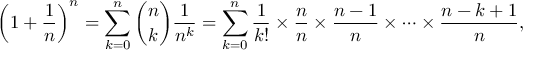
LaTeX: \left( 1 + { \frac { 1 } { n } } \right) ^ { n } = \sum _ { k = 0 } ^ { n } { \binom { n } { k } } { \frac { 1 } { n ^ { k } } } = \sum _ { k = 0 } ^ { n } { \frac { 1 } { k ! } } \times { \frac { n } { n } } \times { \frac { n - 1 } { n } } \times \cdots \times { \frac { n - k + 1 } { n } } ,